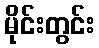
မိုင်းတွင်း